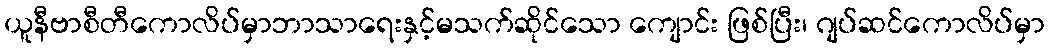
ယူနီဗာစီတီကောလိပ်မှာဘာသာရေးနှင့်မသက်ဆိုင်သော ကျောင်း ဖြစ်ပြီး၊ ဂျပ်ဆင်ကောလိပ်မှာ